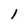
Character: 1